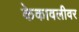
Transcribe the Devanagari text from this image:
केकावलीवर